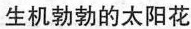
生机勃勃的太阳花